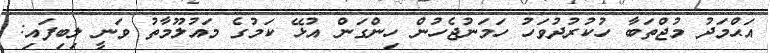
އަޙްމަދު މުޖްތަބާ ހުކުރުދުވަހު ހަމަނުޖެހުން ހިންގަން އުޅޭ ކަމުގެ މައުލޫމާތު ވަނީ ލިބިފައި: